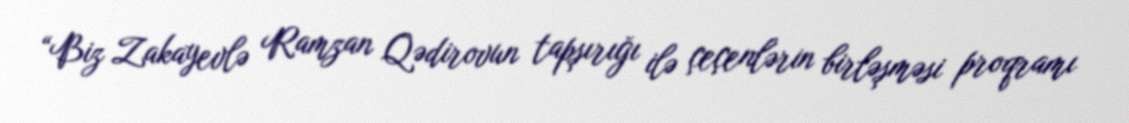
“Biz Zakayevlə Ramzan Qədirovun tapşırığı ilə çeçenlərin birləşməsi proqramı